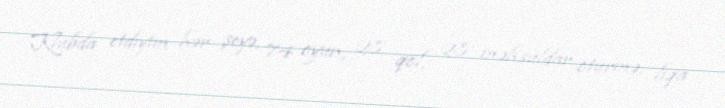
Klubda etdiyim hər şeyə, 74 oyun, 28 qol, 28 məhsuldar ötürmə, liqa